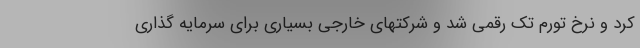
کرد و نرخ تورم تک رقمی شد و شرکتهای خارجی بسیاری برای سرمایه گذاری